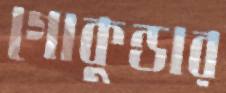
গোকুন্ডার